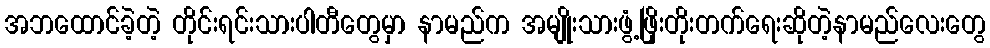
အဘထောင်ခဲ့တဲ့ တိုင်းရင်းသားပါတီတွေမှာ နာမည်က အမျိုးသားဖွံ့ဖြိုးတိုးတက်ရေးဆိုတဲ့နာမည်လေးတွေ